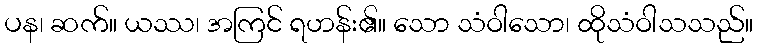
ပန၊ ဆက်။ ယဿ၊ အကြင် ရဟန်း၏။ သော သံဝါသော၊ ထိုသံဝါသသည်။